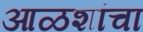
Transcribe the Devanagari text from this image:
आळशांचा